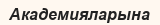
Академияларына